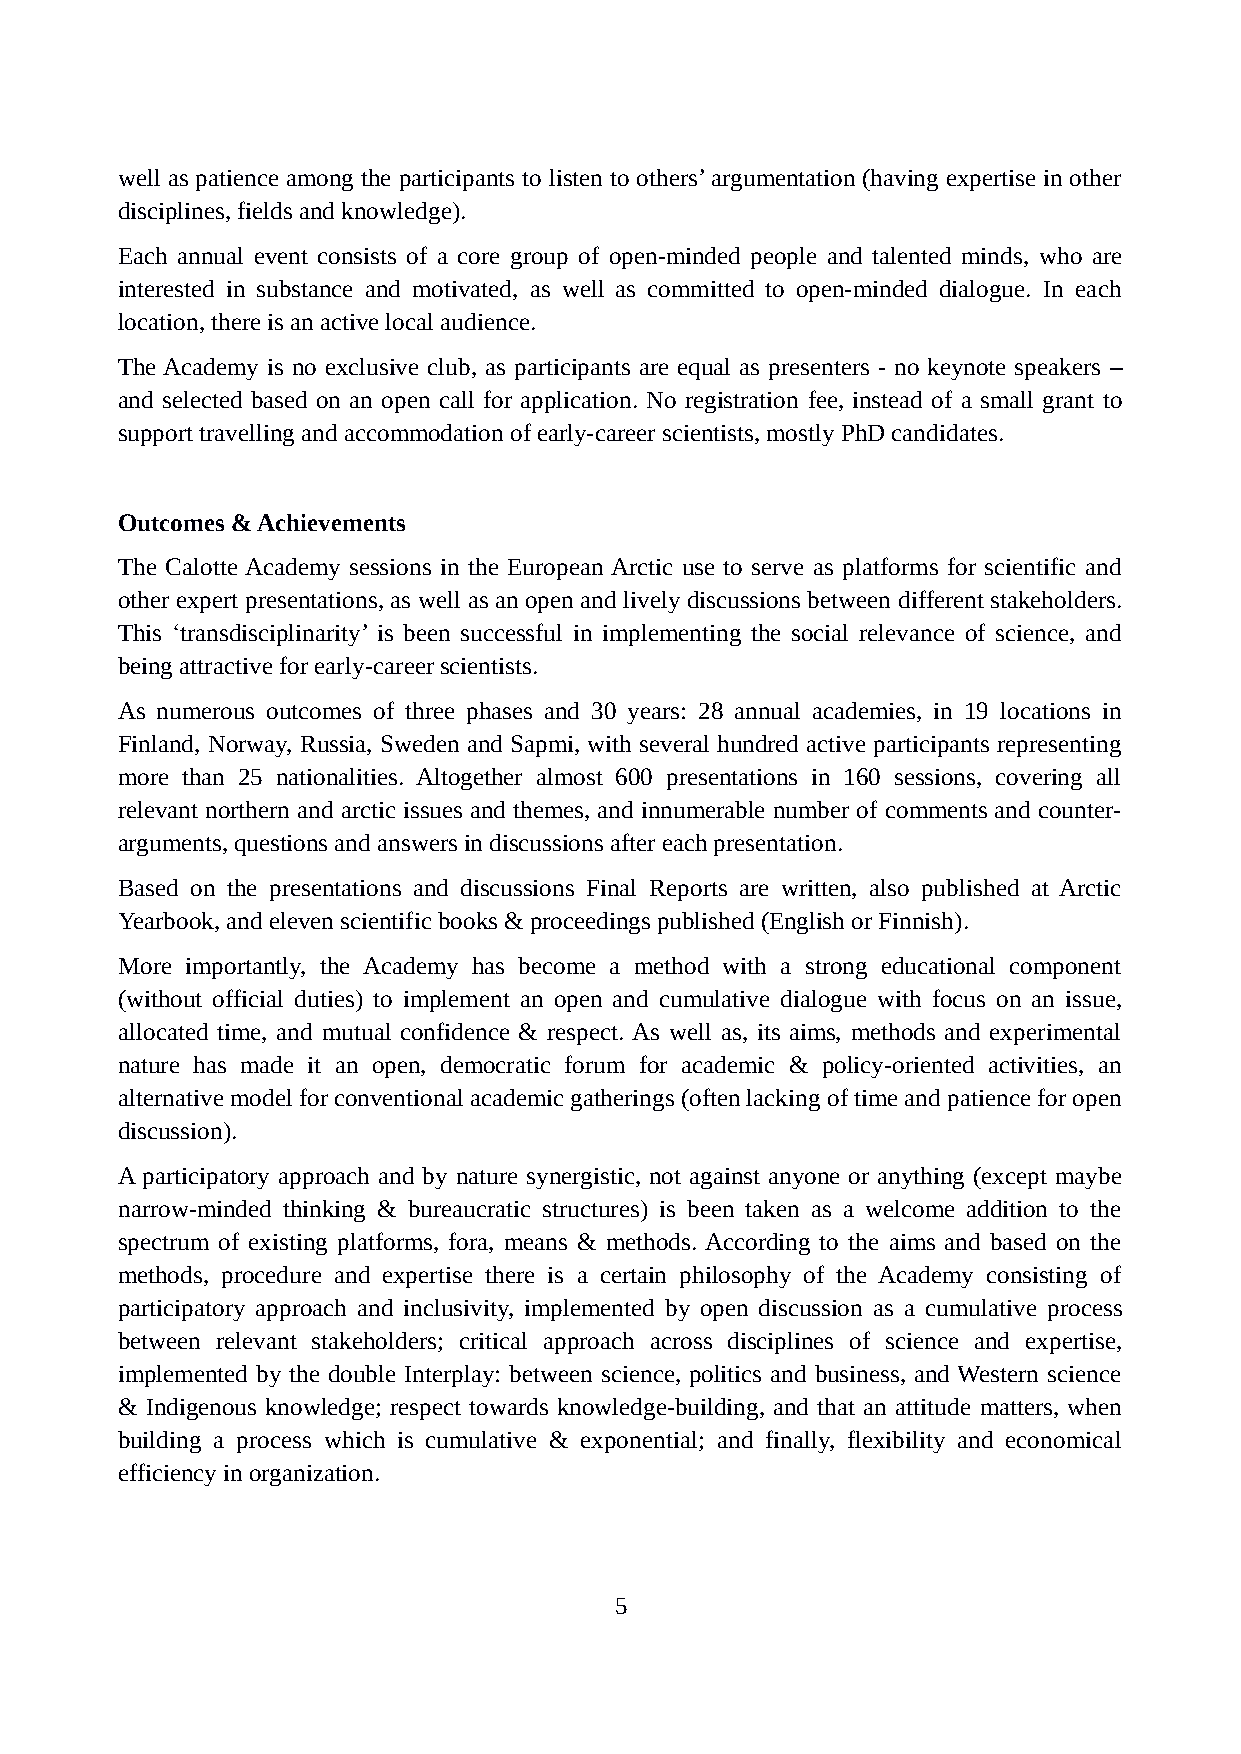
well as patience among the participants to listen to others’ argumentation (having expertise in other
 disciplines, fields and knowledge).
 Each annual event consists of a core group of open-minded people and talented minds, who are
 interested in substance and motivated, as well as committed to open-minded dialogue. In each
 location, there is an active local audience.
 The Academy is no exclusive club, as participants are equal as presenters - no keynote speakers –
 and selected based on an open call for application. No registration fee, instead of a small grant to
 support travelling and accommodation of early-career scientists, mostly PhD candidates.
 Outcomes & Achievements
 The Calotte Academy sessions in the European Arctic use to serve as platforms for scientific and
 other expert presentations, as well as an open and lively discussions between different stakeholders.
 This ‘transdisciplinarity’ is been successful in implementing the social relevance of science, and
 being attractive for early-career scientists.
 As numerous outcomes of three phases and 30 years: 28 annual academies, in 19 locations in
 Finland, Norway, Russia, Sweden and Sapmi, with several hundred active participants representing
 more than 25 nationalities. Altogether almost 600 presentations in 160 sessions, covering all
 relevant northern and arctic issues and themes, and innumerable number of comments and counter-
 arguments, questions and answers in discussions after each presentation.
 Based on the presentations and discussions Final Reports are written, also published at Arctic
 Yearbook, and eleven scientific books & proceedings published (English or Finnish).
 More importantly, the Academy has become a method with a strong educational component
 (without official duties) to implement an open and cumulative dialogue with focus on an issue,
 allocated time, and mutual confidence & respect. As well as, its aims, methods and experimental
 nature has made it an open, democratic forum for academic & policy-oriented activities, an
 alternative model for conventional academic gatherings (often lacking of time and patience for open
 discussion).
 A participatory approach and by nature synergistic, not against anyone or anything (except maybe
 narrow-minded thinking & bureaucratic structures) is been taken as a welcome addition to the
 spectrum of existing platforms, fora, means & methods. According to the aims and based on the
 methods, procedure and expertise there is a certain philosophy of the Academy consisting of
 participatory approach and inclusivity, implemented by open discussion as a cumulative process
 between relevant stakeholders; critical approach across disciplines of science and expertise,
 implemented by the double Interplay: between science, politics and business, and Western science
 & Indigenous knowledge; respect towards knowledge-building, and that an attitude matters, when
 building a process which is cumulative & exponential; and finally, flexibility and economical
 efficiency in organization.
 5